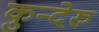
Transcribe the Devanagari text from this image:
कुन्देरु